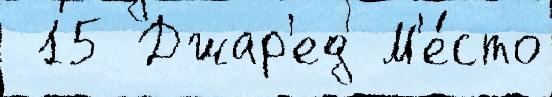
 15 Джар'ед М'е́сто